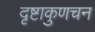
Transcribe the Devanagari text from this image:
दृष्टाकुणचन